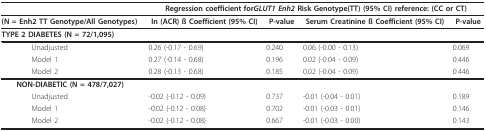
<table><thead><tr><td></td><td colspan="4"><b>Regression coefficient for<i>GLUT1 Enh2 </i>Risk Genotype(TT) (95% CI) reference: (CC or CT)</b></td></tr></thead><tbody><tr><td><b>(N = Enh2 TT Genotype/All Genotypes)</b></td><td><b>ln (ACR) ß Coefficient (95% CI)</b></td><td><b>P-value</b></td><td><b>Serum Creatinine ß Coefficient (95% CI)</b></td><td><b>P-value</b></td></tr><tr><td> <b>TYPE 2 DIABETES (N = 72/1,095)</b></td><td></td><td></td><td></td><td></td></tr><tr><td>Unadjusted</td><td>0.26 (-0.17 - 0.69)</td><td>0.240</td><td>0.06 (-0.00 - 0.13)</td><td>0.069</td></tr><tr><td>Model 1</td><td>0.27 (-0.14 - 0.68)</td><td>0.196</td><td>0.02 (-0.04 - 0.09)</td><td>0.446</td></tr><tr><td>Model 2</td><td>0.28 (-0.13 - 0.68)</td><td>0.185</td><td>0.02 (-0.04 - 0.09)</td><td>0.446</td></tr><tr><td> <b>NON-DIABETIC (N = 478/7,027)</b></td><td></td><td></td><td></td><td></td></tr><tr><td>Unadjusted</td><td>-0.02 (-0.12 - 0.09)</td><td>0.737</td><td>-0.01 (-0.04 - 0.01)</td><td>0.189</td></tr><tr><td>Model 1</td><td>-0.02 (-0.12 - 0.08)</td><td>0.702</td><td>-0.01 (-0.03 - 0.01)</td><td>0.146</td></tr><tr><td>Model 2</td><td>-0.02 (-0.12 - 0.08)</td><td>0.667</td><td>-0.01 (-0.03 - 0.00)</td><td>0.143</td></tr></tbody></table>